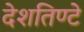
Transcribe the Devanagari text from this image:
देशतिण्टे